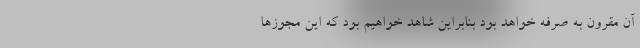
آن مقرون به صرفه خواهد بود بنابراین شاهد خواهیم بود که این مجوزها